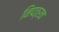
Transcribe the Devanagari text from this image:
निपत्रक